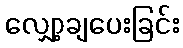
လျှော့ချပေးခြင်း